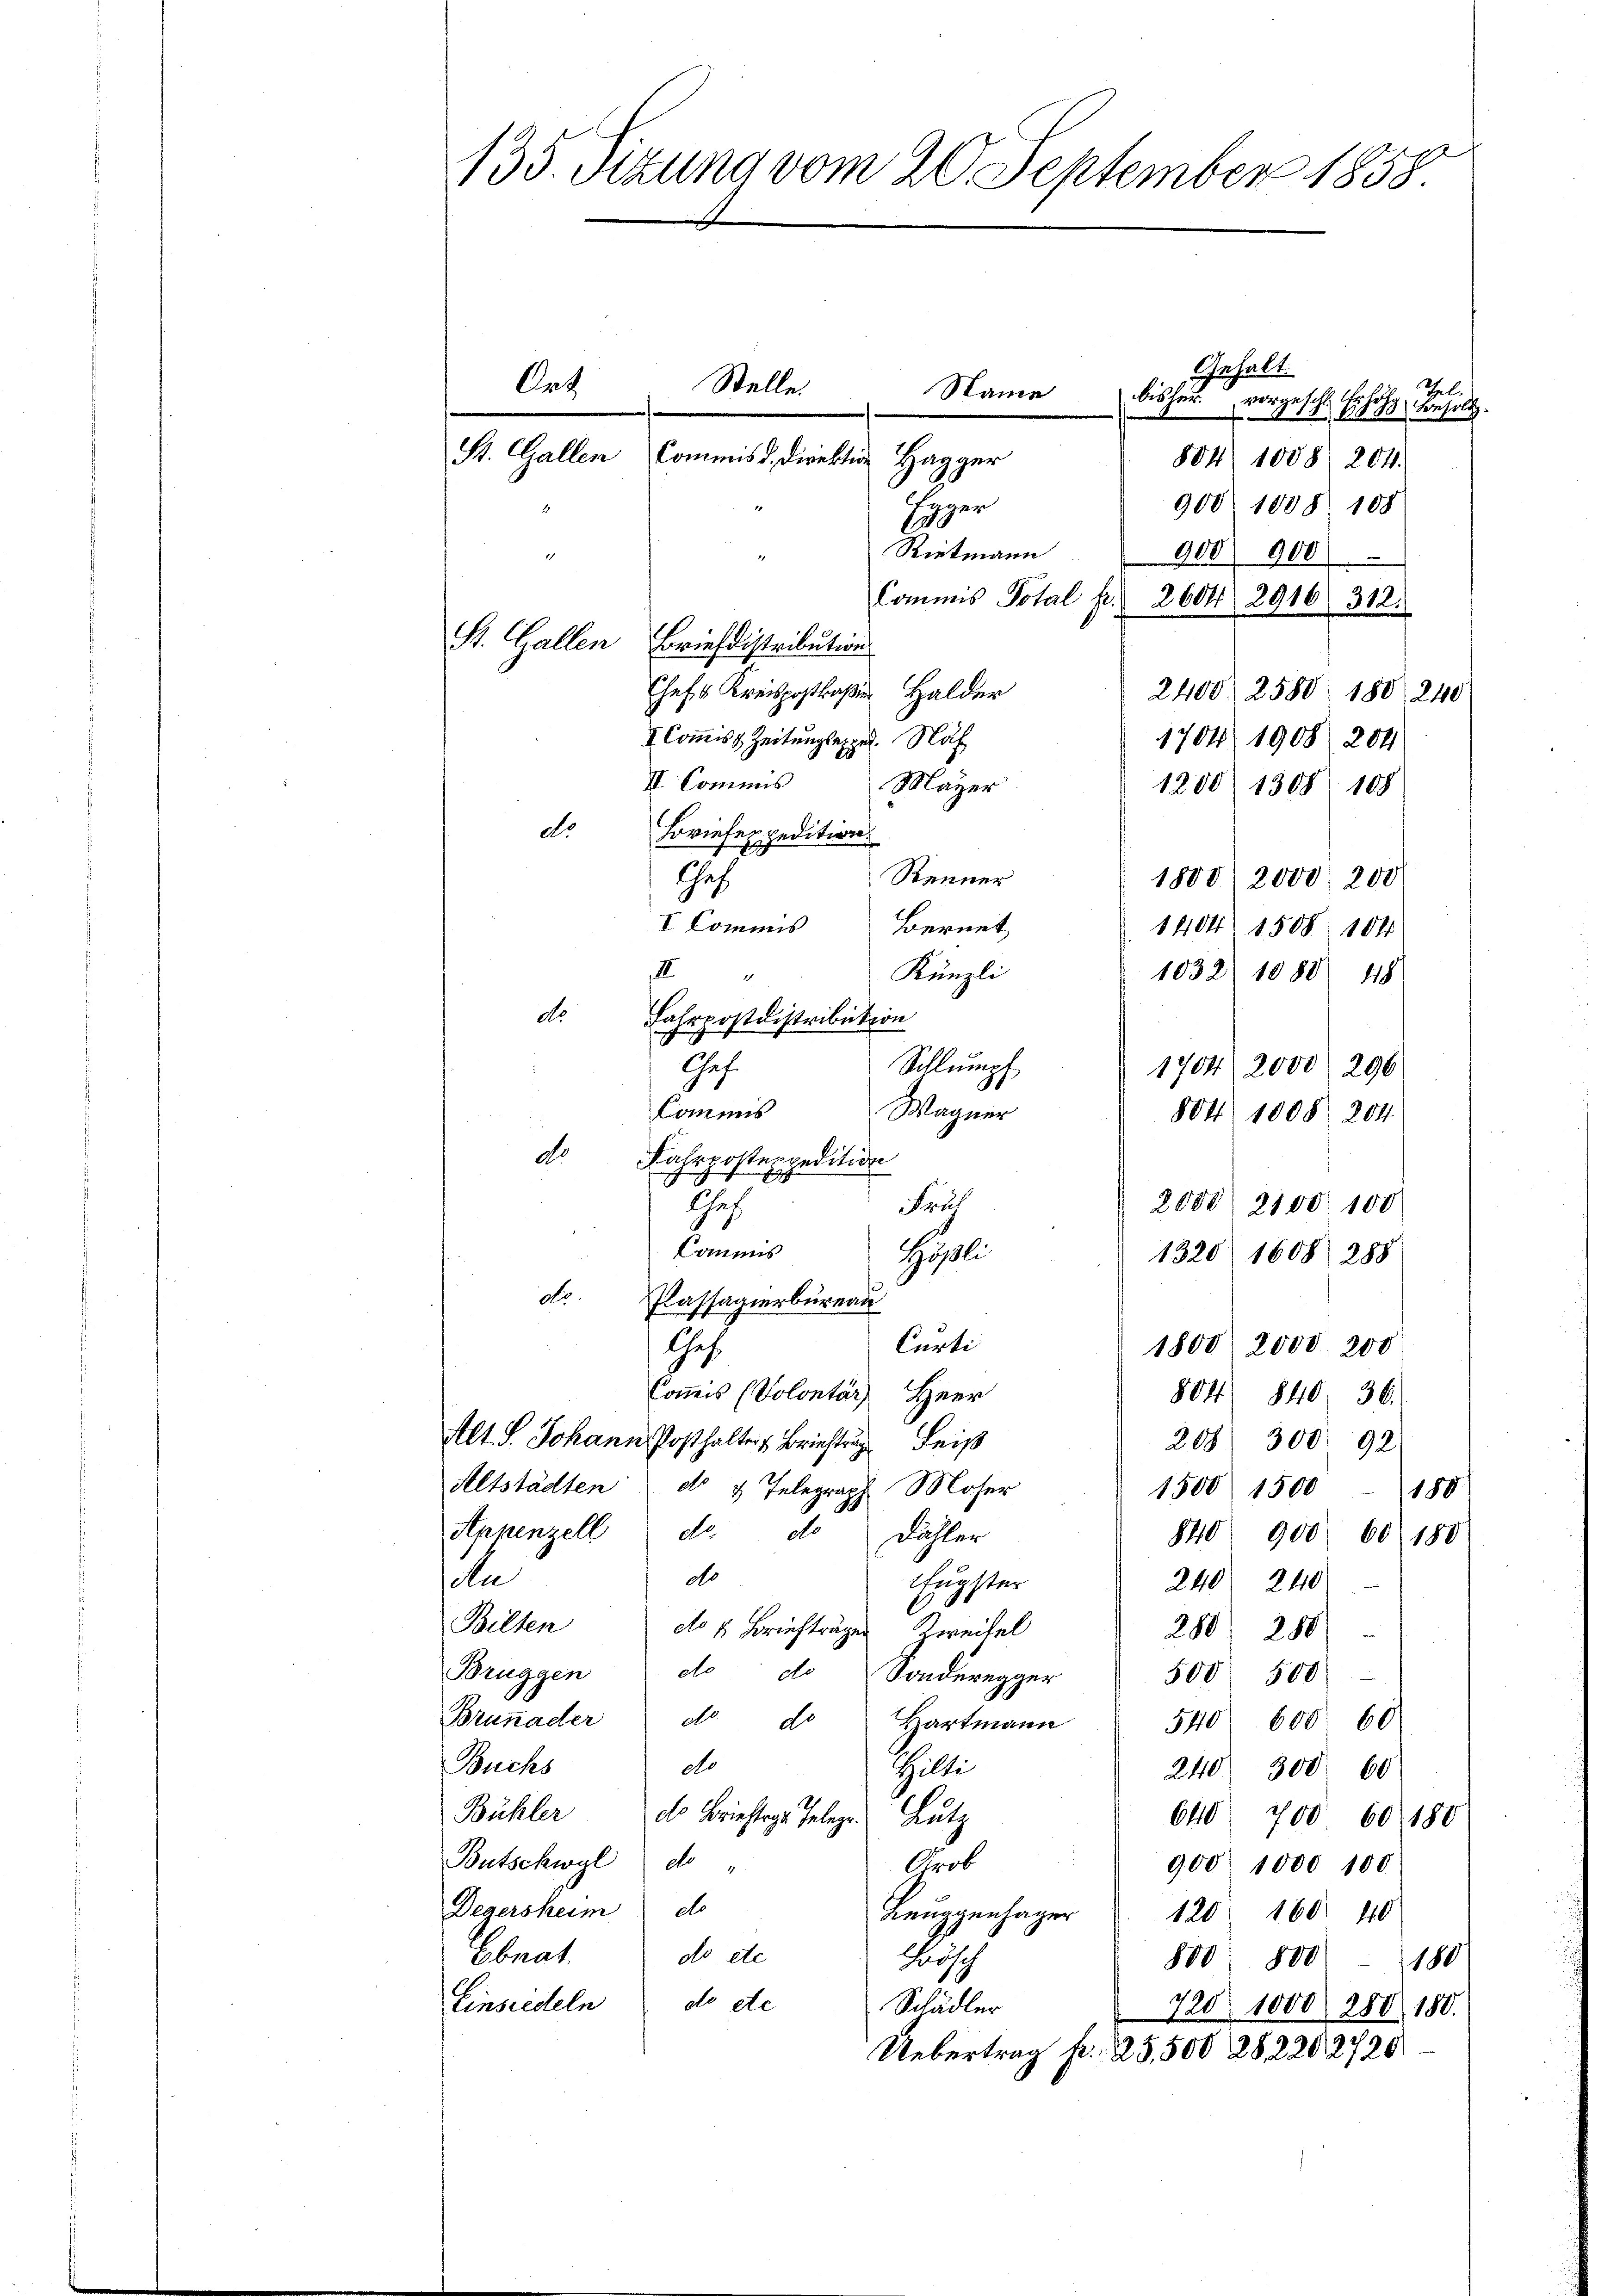
135. Sizung vom 20. September 1858

Gehalt
ab
bisher vorgeschl. Ehe Konsoli
884) 1008. 204.
tager
900. 1088. 108
1210
Riekmann
17.
900 900
.
Commis Total Fr. 2604/ 2916 312.
St. Gallen Briefdistributions
Chefs Kreispostraßen Halder
2400. 2588 188. 240
I Commiss. Zeitungsexped. Nach
1704 1908. 204
II Commis
Mayer
1200/ 1308. 108
do
Briefexpedition.
Renner
Chef
1800/2000, 200
I Commis
Bernet,
1404 1508 104
Künzli
III
1032 1088 418
do
Fahrpostdistribution
7
Ges.
Schlumpf
1704/2000. 296
Commis
Wagner
804. 1008. 204
do.
Fahrpostes redition
si
J
Chef
Früh
2000 2100. 100
Commis
Hösli
1320, 1608 288
dtr Klassagierbureau
Curti
Ges.
1800 2000. 200
Commis (Volontär Herr
884 840. 36.
Alt S. Johann Posthalter Brieftr Leis
208. 300 92
Altstädten d. 4. Telegraph Moser
1500 1500 - 180
Appenzell do. dr Dähler
840 900 60) 180
do
da
240 240
Hagster
Bilten
do 2. Briefträgen Zweifel
280 288)
Brüggen
do de Sonderegger
500 500
Brunader d
540 600. 60
do Hartmann
Buchs
do
Gilti
240 300 60
Bühler ds Brieftige Telege. Lutz
640 700 60. 180
Butschwyl de
Grol
900 1000 100
Degersheim do
Beuggenhager
120 160. 40
do etc.
Ebnat
chisch
800. 800 180
do etc
Einsiedeln
Schädler
720 1000 280 180.
Uebertrag Fr. 25,500, 282202720

Stelle.
Name
s
St. Gallen (Commis d. Direktion Hagger

Ant